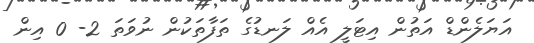
އަޔަލެންޑް އަތުން އިޓަލީ އެއް ލަނޑުގެ ތަފާތަކުން ނުވަތަ 2- 0 އިން